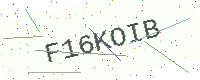
Text: F16KOIB